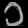
Digit: ၁